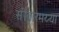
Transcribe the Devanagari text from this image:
सीतारमय्या